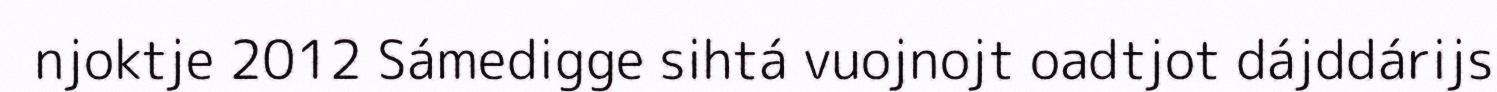
njoktje 2012 Sámedigge sihtá vuojnojt oadtjot dájddárijs